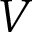
V